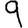
Digit: 9